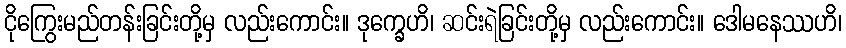
ငိုကြွေးမည်တန်းခြင်းတို့မှ လည်းကောင်း။ ဒုက္ခေဟိ၊ ဆင်းရဲခြင်းတို့မှ လည်းကောင်း။ ဒေါမနေဿဟိ၊